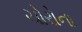
ચોરોના